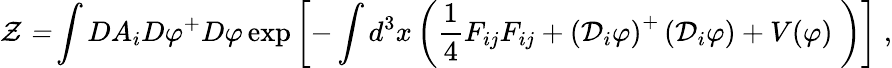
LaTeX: \mathcal{Z=}\int DA_{i}D\varphi^{+}D\varphi\exp\left[-\int d^{3}x\left(\frac{1}{4}F_{ij}F_{ij}+\left(\mathcal{D}_{i}{\varphi}\right)^{+}\left(\mathcal{D}_{i}{\varphi}\right)+V(\varphi)\; \right)\right]\; ,